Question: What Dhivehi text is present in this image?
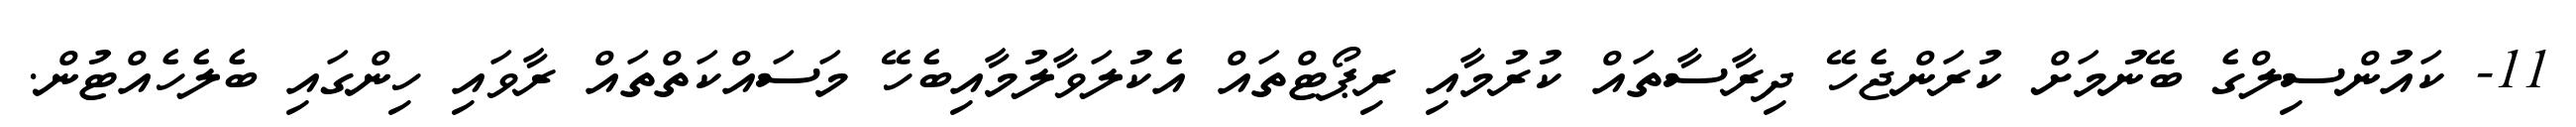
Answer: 11- ކައުންސިލްގެ ބޭނުމަށް ކުރަންޖެހޭ ދިރާސާތައް ކުރުމާއި ރިޕޯޓްތައް އެކުލަވާލުމާއިބެހޭ މަސައްކަތްތައް ރާވައި ހިންގައި ބެލެހެއްޓުން.